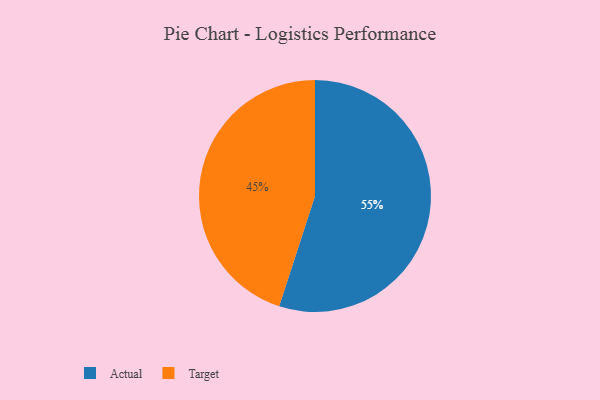
{"axis": {"x": "Category", "y": "Percentage"}, "legend": ["Actual", "Target"], "data": [{"x": "Target", "y": 45, "type": "Target"}, {"x": "Actual", "y": 55, "type": "Actual"}]}